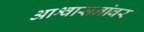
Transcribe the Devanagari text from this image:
आश्वासनांवर